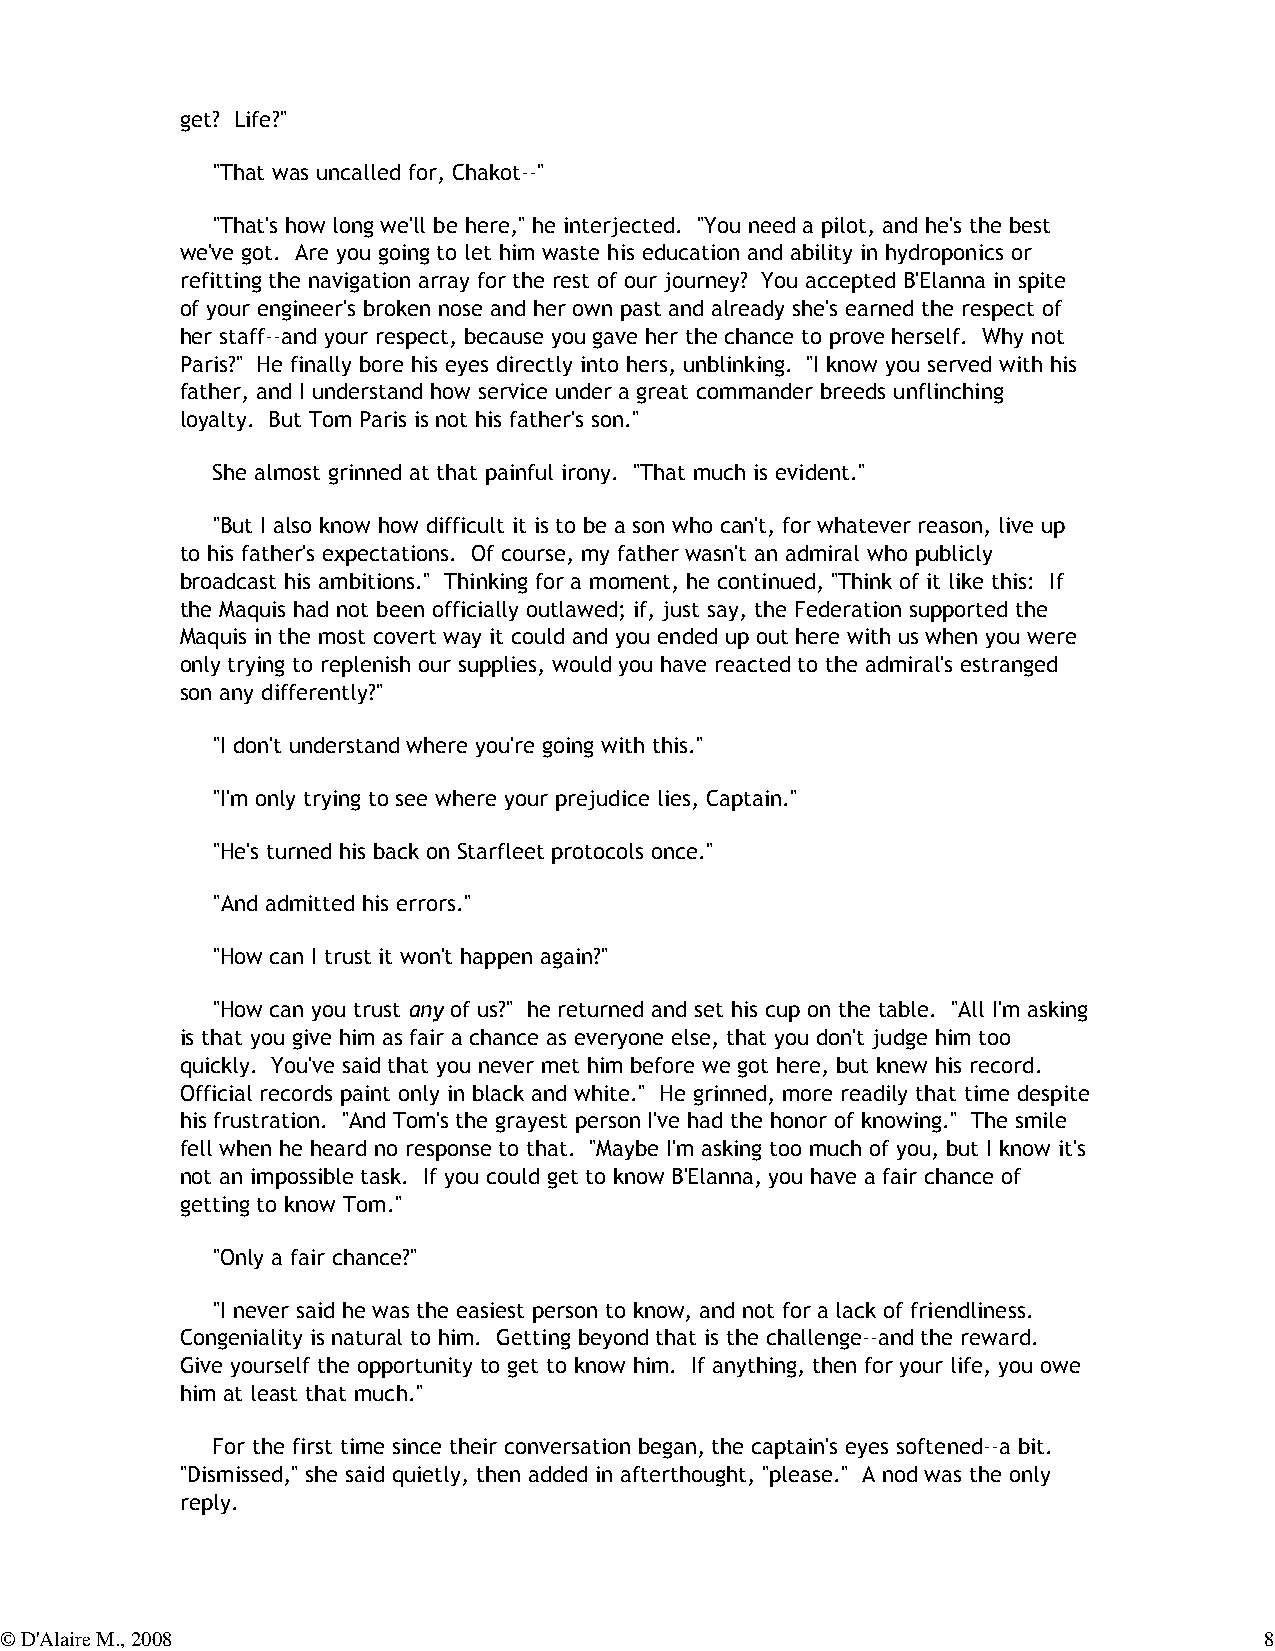
get? Life?"
 "That was uncalled for, Chakot--"
 "That's how long we'll be here," he interjected. "You need a pilot, and he's the best
 we've got. Are you going to let him waste his education and ability in hydroponics or
 refitting the navigation array for the rest of our journey? You accepted B'Elanna in spite
 of your engineer's broken nose and her own past and already she's earned the respect of
 her staff--and your respect, because you gave her the chance to prove herself. Why not
 Paris?" He finally bore his eyes directly into hers, unblinking. "I know you served with his
 father, and I understand how service under a great commander breeds unflinching
 loyalty. But Tom Paris is not his father's son."
 She almost grinned at that painful irony. "That much is evident."
 "But I also know how difficult it is to be a son who can't, for whatever reason, live up
 to his father's expectations. Of course, my father wasn't an admiral who publicly
 broadcast his ambitions." Thinking for a moment, he continued, "Think of it like this: If
 the Maquis had not been officially outlawed; if, just say, the Federation supported the
 Maquis in the most covert way it could and you ended up out here with us when you were
 only trying to replenish our supplies, would you have reacted to the admiral's estranged
 son any differently?"
 "I don't understand where you're going with this."
 "I'm only trying to see where your prejudice lies, Captain."
 "He's turned his back on Starfleet protocols once."
 "And admitted his errors."
 "How can I trust it won't happen again?"
 "How can you trust any of us?" he returned and set his cup on the table. "All I'm asking
 is that you give him as fair a chance as everyone else, that you don't judge him too
 quickly. You've said that you never met him before we got here, but knew his record.
 Official records paint only in black and white." He grinned, more readily that time despite
 his frustration. "And Tom's the grayest person I've had the honor of knowing." The smile
 fell when he heard no response to that. "Maybe I'm asking too much of you, but I know it's
 not an impossible task. If you could get to know B'Elanna, you have a fair chance of
 getting to know Tom."
 "Only a fair chance?"
 "I never said he was the easiest person to know, and not for a lack of friendliness.
 Congeniality is natural to him. Getting beyond that is the challenge--and the reward.
 Give yourself the opportunity to get to know him. If anything, then for your life, you owe
 him at least that much."
 For the first time since their conversation began, the captain's eyes softened--a bit.
 "Dismissed," she said quietly, then added in afterthought, "please." A nod was the only
 reply.
 © D'Alaire M., 2008                                                                 8